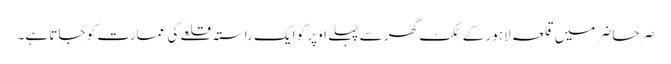
صر حاضر میں قلعہ لاہور کے ٹکٹ گھر سے پہلے اوپر کو ایک راستہ قلعے کی عمارت کو جاتا ہے۔